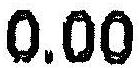
0.00